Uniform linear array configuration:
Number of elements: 16
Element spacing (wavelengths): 1
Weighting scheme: binomial
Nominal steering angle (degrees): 0
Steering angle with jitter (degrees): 1.456
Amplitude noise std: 0.05
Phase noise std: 0.05

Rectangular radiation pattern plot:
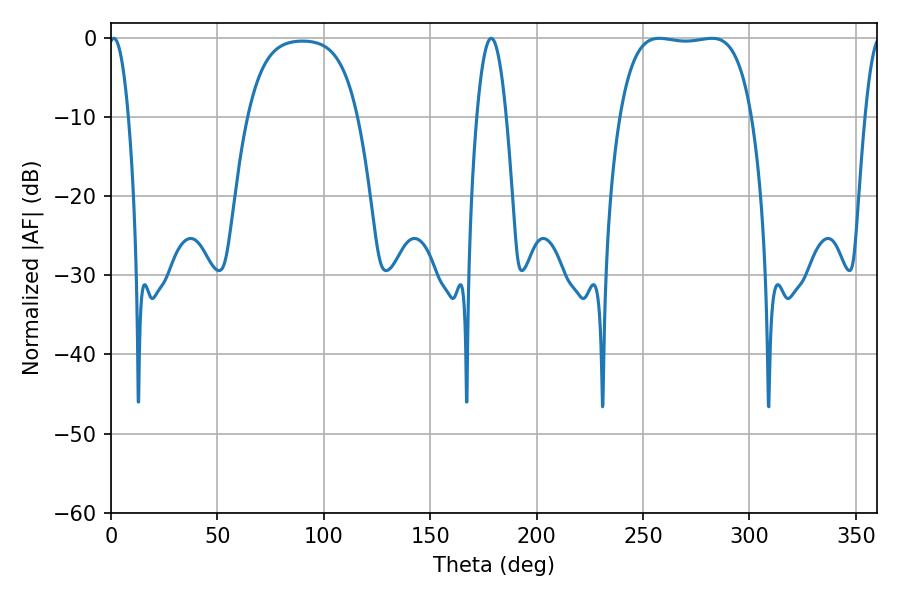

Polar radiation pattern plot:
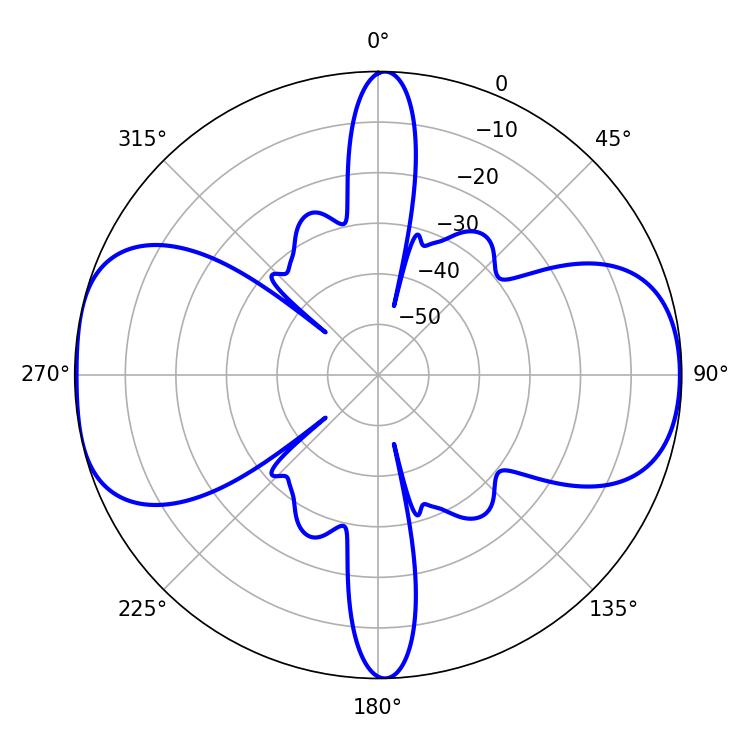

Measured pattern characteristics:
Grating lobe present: TRUE
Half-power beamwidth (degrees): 48.96
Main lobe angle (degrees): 257.58